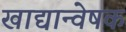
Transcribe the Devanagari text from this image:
खाद्यान्वेषक